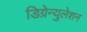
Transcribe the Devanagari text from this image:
डिग्रेन्युलेशन